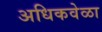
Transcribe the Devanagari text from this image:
अधिकवेळा